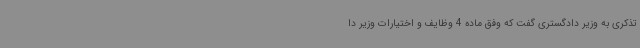
تذکری به وزیر دادگستری گفت که وفق ماده 4 وظایف و اختیارات وزیر دا